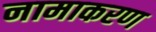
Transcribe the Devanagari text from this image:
नामाकरण्‍ा